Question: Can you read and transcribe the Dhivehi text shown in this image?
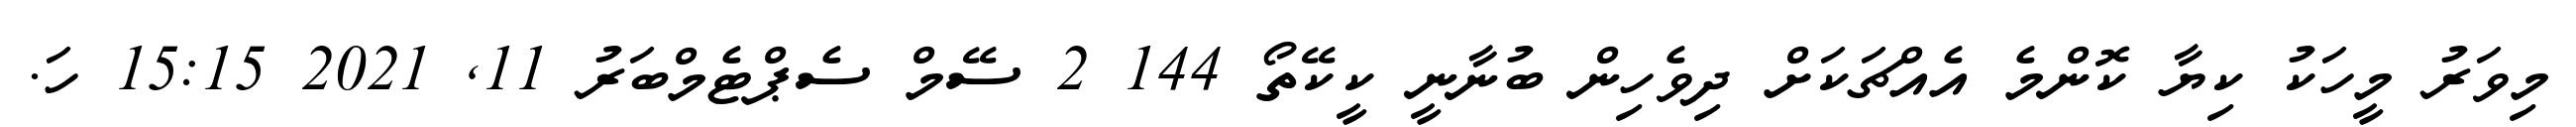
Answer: މިވަރު މީހަކު ކިޔާ ކޮންމެ އެއްޗަކަށް ދިވެހިން ބުނާނީ ކީކޭތޯ 144 2 ސޭމް ސެޕްޓެމްބަރު 11, 2021 15:15 ހަ.